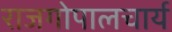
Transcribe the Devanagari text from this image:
राजगोपालचार्य